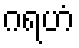
ဂရဟံ